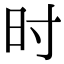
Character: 时